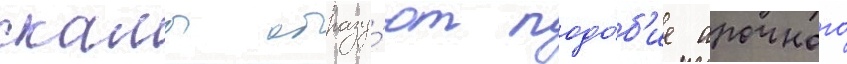
скалы образу́ют подо́б'ие арочного